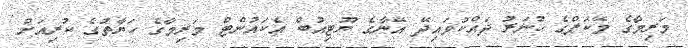
މަރިމާގެ މޭކަޕްގެ ހުނަރު ދައްކުވައިދޭ އޭނާގެ ޔޫޓިއުބް އެކައުންޓް މަރިމާގެ ހަޔާތުގެ ކުރިއަށް